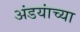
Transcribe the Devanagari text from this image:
अंडयांच्या